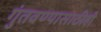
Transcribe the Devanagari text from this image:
गुंतवण्‍यासाठीही